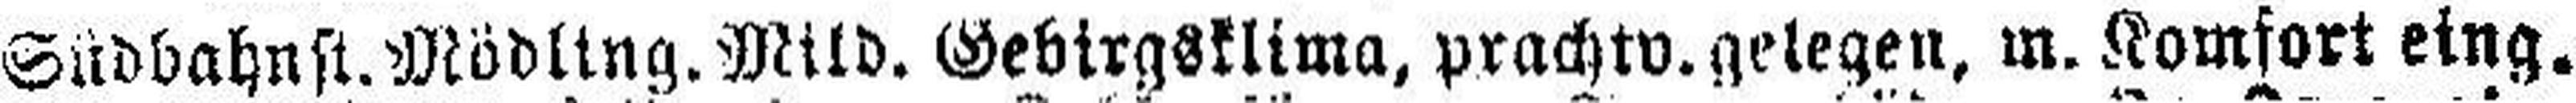
Südbahnst. Mödling. Mild. Gebirgsklima, prachtv. gelegen, m. Komfort eing.